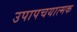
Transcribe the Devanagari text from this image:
उपापचयात्मक